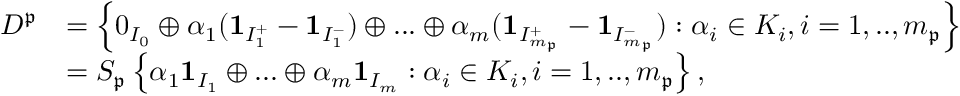
\begin{array} { r l } { D ^ { \mathfrak { p } } } & { = \left\{ 0 _ { I _ { 0 } } \oplus \alpha _ { 1 } ( \mathbf { 1 } _ { I _ { 1 } ^ { + } } - \mathbf { 1 } _ { I _ { 1 } ^ { - } } ) \oplus . . . \oplus \alpha _ { m } ( \mathbf { 1 } _ { I _ { m _ { \mathfrak { p } } } ^ { + } } - \mathbf { 1 } _ { I _ { m _ { \mathfrak { p } } } ^ { - } } ) : \alpha _ { i } \in K _ { i } , i = 1 , . . , m _ { \mathfrak { p } } \right\} } \\ & { = S _ { \mathfrak { p } } \left\{ \alpha _ { 1 } \mathbf { 1 } _ { I _ { 1 } } \oplus . . . \oplus \alpha _ { m } \mathbf { 1 } _ { I _ { m } } : \alpha _ { i } \in K _ { i } , i = 1 , . . , m _ { \mathfrak { p } } \right\} , } \end{array}